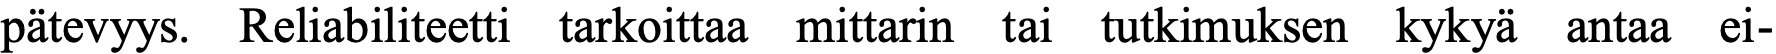
pätevyys. Reliabiliteetti tarkoittaa mittarin tai tutkimuksen kykyä antaa ei-